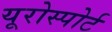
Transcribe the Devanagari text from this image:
यूरोस्पोर्ट